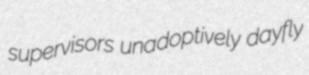
supervisors unadoptively dayfly